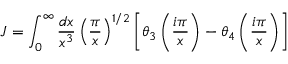
{ \cal J } = \int _ { 0 } ^ { \infty } { \frac { d x } { x ^ { 3 } } } \left( { \frac { \pi } { x } } \right) ^ { 1 / 2 } \left[ \theta _ { 3 } \left( { \frac { i \pi } { x } } \right) - \theta _ { 4 } \left( { \frac { i \pi } { x } } \right) \right]